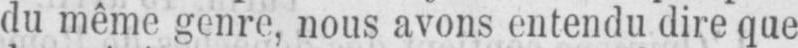
du même genre, nous avons entendu dire que